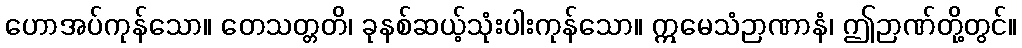
ဟောအပ်ကုန်သော။ တေသတ္တတိ၊ ခုနစ်ဆယ့်သုံးပါးကုန်သော။ ဣမေသံဉာဏာနံ၊ ဤဉာဏ်တို့တွင်။